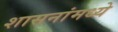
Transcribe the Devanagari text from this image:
शासनांमध्ये